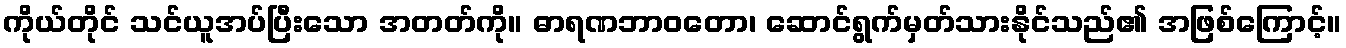
ကိုယ်တိုင် သင်ယူအပ်ပြီးသော အတတ်ကို။ ဓာရဏဘာဝတော၊ ဆောင်ရွက်မှတ်သားနိုင်သည်၏ အဖြစ်ကြောင့်။